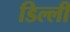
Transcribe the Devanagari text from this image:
डिल्ली